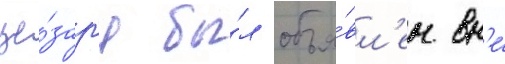
це́зар'я бы́л объя́вл'ен вн'е́